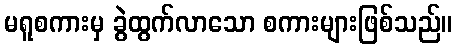
မရူစကားမှ ခွဲထွက်လာသော စကားများဖြစ်သည်။